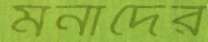
মনাদের